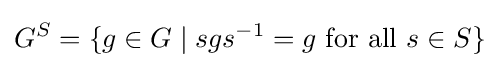
G^{S}=\{g\in G\mid sgs^{-1}=g{\text{ for all }}s\in S\}